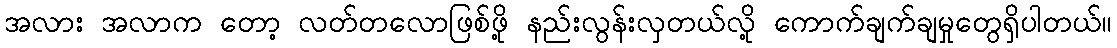
အလား အလာက တော့ လတ်တလောဖြစ်ဖို့ နည်းလွန်းလှတယ်လို့ ကောက်ချက်ချမှုတွေရှိပါတယ်။